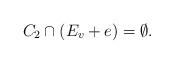
LaTeX: \begin{align*} C_2\cap (E_v+e)=\emptyset. \end{align*}